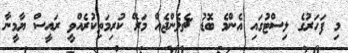
މި ފަހަރުގެ ލިސްޓުގައި އެންމެ ބޮޑު ޗެލެންޖެއް މަރޭ ކުރިމަތިކުރެއްވީ ރައީސް ޔާމީނާ